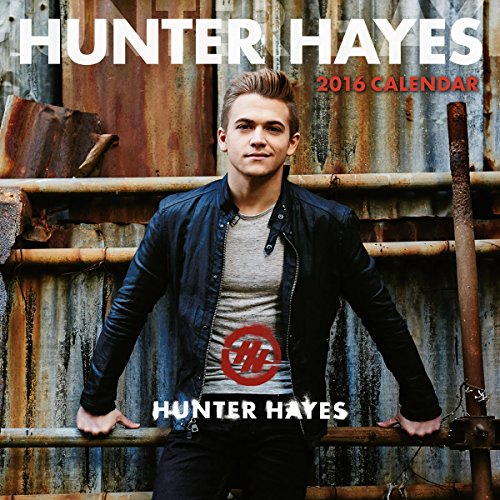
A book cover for Hunter Hayes  2016 Wall Calendar; Warner Music Nashville; Calendars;